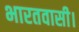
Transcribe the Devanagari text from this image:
भारतवासी।